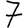
Digit: 7